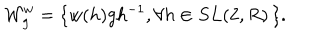
{ \cal W } _ { g } ^ { w } = \{ w ( h ) g h ^ { - 1 } , \forall h \in S L ( 2 , R ) \, \} .